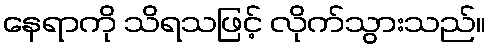
နေရာကို သိရသဖြင့် လိုက်သွားသည်။